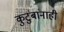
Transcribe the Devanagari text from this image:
कुटुंबांनाही